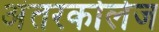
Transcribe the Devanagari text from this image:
अंतरकोलेज